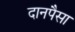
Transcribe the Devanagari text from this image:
दानपैसा